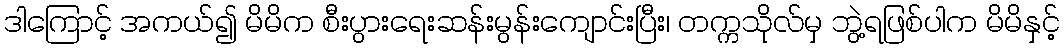
ဒါကြောင့် အကယ်၍ မိမိက စီးပွားရေးဆန်းမွန်းကျောင်းပြီး၊ တက္ကသိုလ်မှ ဘွဲ့ရဖြစ်ပါက မိမိနှင့်